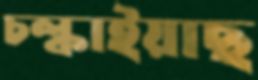
চল্‌কাইয়াছ